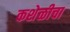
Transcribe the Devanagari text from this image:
कशेळीचा